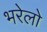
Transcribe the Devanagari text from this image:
भरेलो